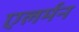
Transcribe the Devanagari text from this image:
एलर्मन